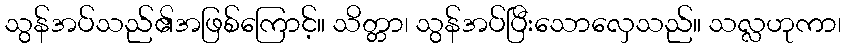
သွန်အပ်သည်၏အဖြစ်ကြောင့်။ သိတ္တာ၊ သွန်အပ်ပြီးသောလှေသည်။ သလ္လဟုကာ၊